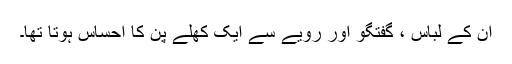
ان کے لباس ، گفتگو اور رویے سے ایک کھلے پن کا احساس ہوتا تھا۔